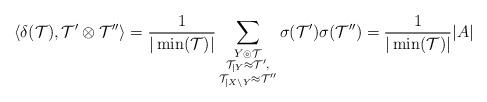
LaTeX: \begin{align*}\langle \delta(\mathcal{T}),\mathcal{T}'\otimes \mathcal{T}''\rangle&=\frac{1}{|\min(\mathcal{T})|} \sum_{\substack{Y\circledcirc \mathcal{T}\\\mathcal{T}_{|Y}\approx \mathcal{T}',\\ \mathcal{T}_{|X \setminus Y} \approx \mathcal{T}''}} \sigma(\mathcal{T}')\sigma(\mathcal{T}'')=\frac{1}{|\min(\mathcal{T})|} |A|\end{align*}